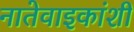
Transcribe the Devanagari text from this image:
नातेवाइकांशी